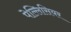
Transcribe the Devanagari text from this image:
पेल्लिसियर